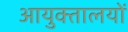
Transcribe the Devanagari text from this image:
आयुक्‍तालयों